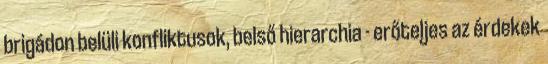
brigádon belüli konfliktusok, belső hierarchia - erőteljes az érdekek